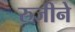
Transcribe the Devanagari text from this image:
रुजीने